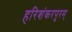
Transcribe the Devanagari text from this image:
हरिशंकरपुरम्